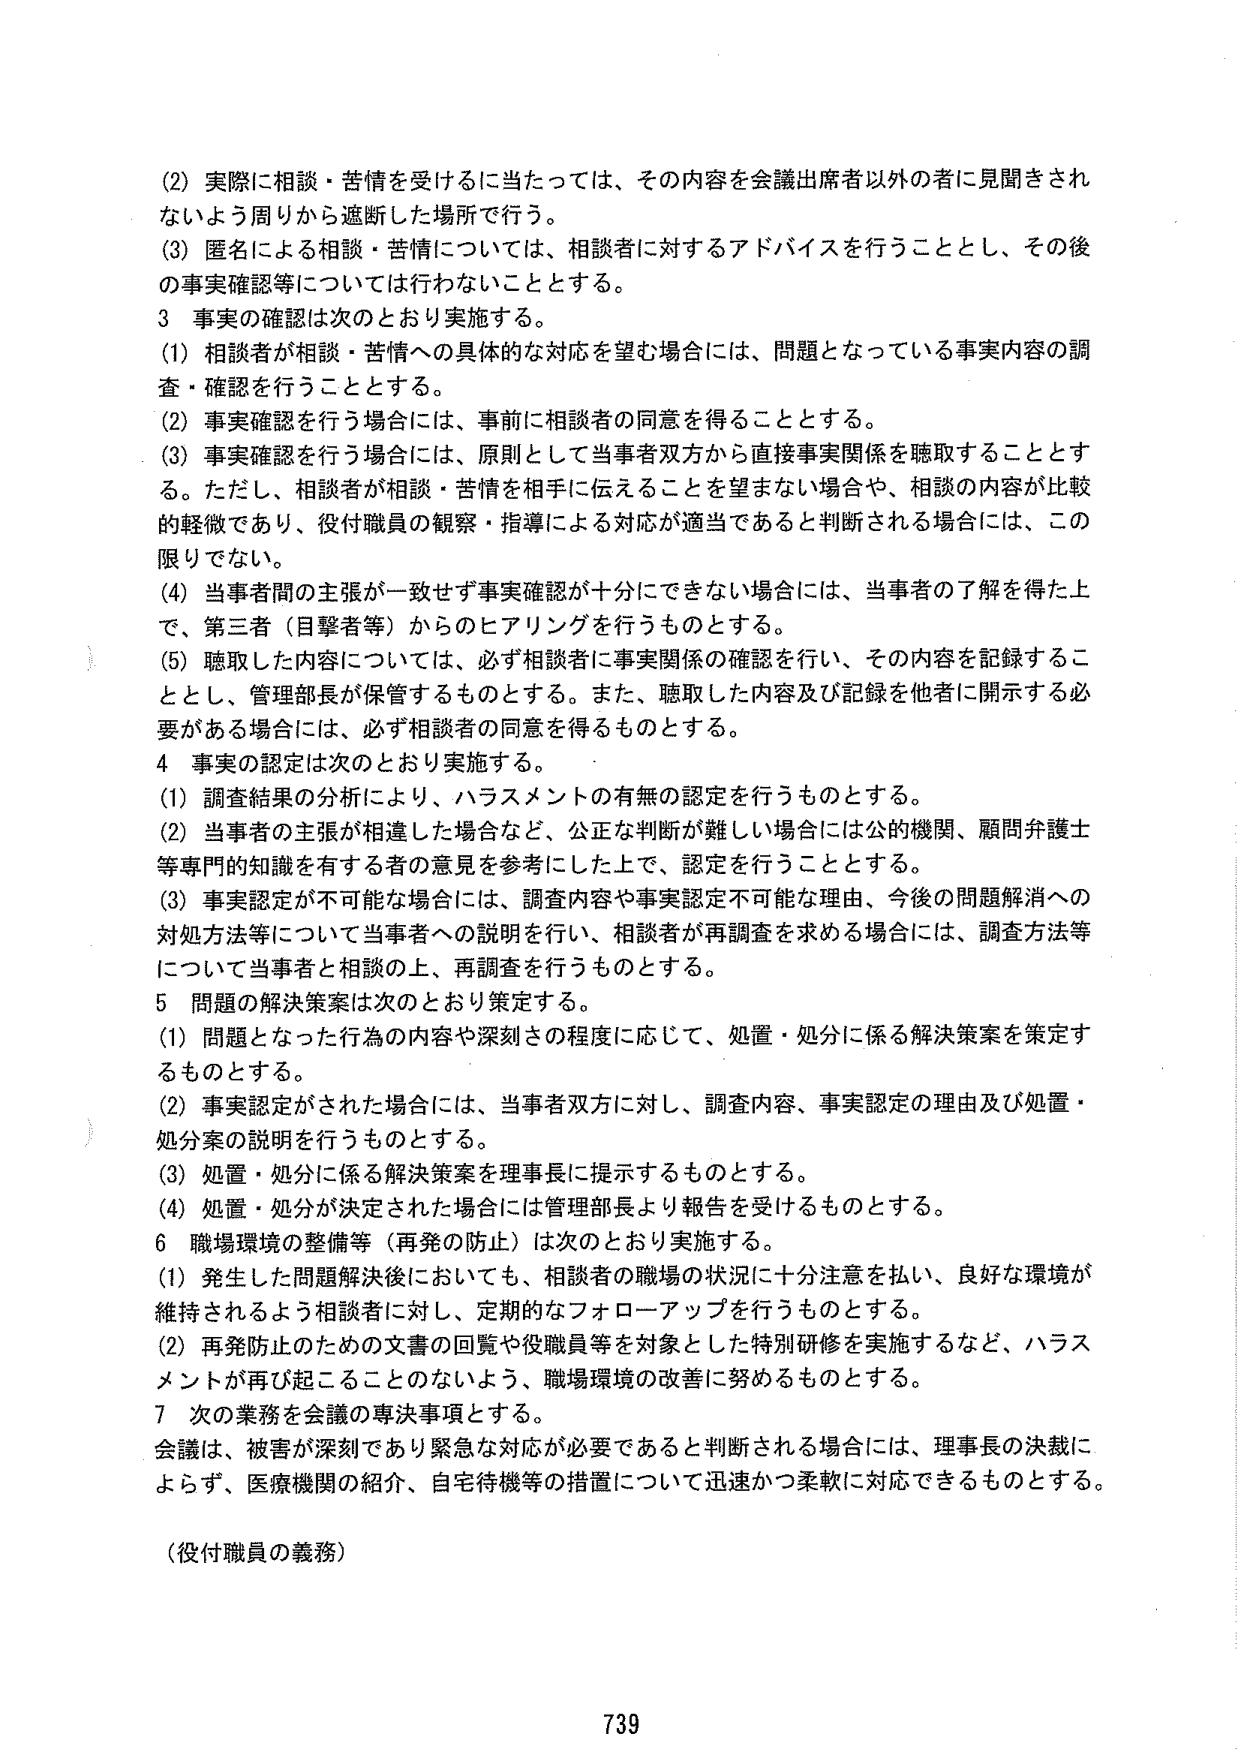
(2) 実際に相談・苦情を受けるに当たっては、その内容を会議出席者以外の者に見聞きされないよう周りから遮断した場所で行う。
(3) 匿名による相談・苦情については、相談者に対するアドバイスを行うこととし、その後の事実確認等については行わないこととする。
3 事実の確認は次のとおり実施する。
(1) 相談者が相談・苦情への具体的な対応を望む場合には、問題となっている事実内容の調査・確認を行うこととする。
(2) 事実確認を行う場合には、事前に相談者の同意を得ることとする。
(3) 事実確認を行う場合には、原則として当事者双方から直接事実関係を聴取することとする。ただし、相談者が相談・苦情を相手に伝えることを望まない場合や、相談の内容が比較的軽微であり、役付職員の観察・指導による対応が適当であると判断される場合には、この限りでない。
(4) 当事者間の主張が一致せず事実確認が十分にできない場合には、当事者の了解を得た上で、第三者（目撃者等）からのヒアリングを行うものとする。
(5) 聴取した内容については、必ず相談者に事実関係の確認を行い、その内容を記録することとし、管理部長が保管するものとする。また、聴取した内容及び記録を他者に開示する必要がある場合には、必ず相談者の同意を得るものとする。
4 事実の認定は次のとおり実施する。
(1) 調査結果の分析により、ハラスメントの有無の認定を行うものとする。
(2) 当事者の主張が相違した場合など、公正な判断が難しい場合には公的機関、顧問弁護士等専門的知識を有する者の意見を参考にした上で、認定を行うこととする。
(3) 事実認定が不可能な場合には、調査内容や事実認定不可能な理由、今後の問題解消への対処方法等について当事者への説明を行い、相談者が再調査を求める場合には、調査方法等について当事者と相談の上、再調査を行うものとする。
5 問題の解決策案は次のとおり策定する。
(1) 問題となった行為の内容や深刻さの程度に応じて、処置・処分に係る解決策案を策定するものとする。
(2) 事実認定がされた場合には、当事者双方に対し、調査内容、事実認定の理由及び処置・処分案の説明を行うものとする。
(3) 処置・処分に係る解決策案を理事長に提示するものとする。
(4) 処置・処分が決定された場合には管理部長より報告を受けるものとする。
6 職場環境の整備等（再発の防止）は次のとおり実施する。
(1) 発生した問題解決後においても、相談者の職場の状況に十分注意を払い、良好な環境が維持されるよう相談者に対し、定期的なフォローアップを行うものとする。
(2) 再発防止のための文書の回覧や役職員等を対象とした特別研修を実施するなど、ハラスメントが再び起こることのないよう、職場環境の改善に努めるものとする。
7 次の業務を会議の専決事項とする。
会議は、被害が深刻であり緊急な対応が必要であると判断される場合には、理事長の決裁によらず、医療機関の紹介、自宅待機等の措置について迅速かつ柔軟に対応できるものとする。
（役付職員の義務）
739